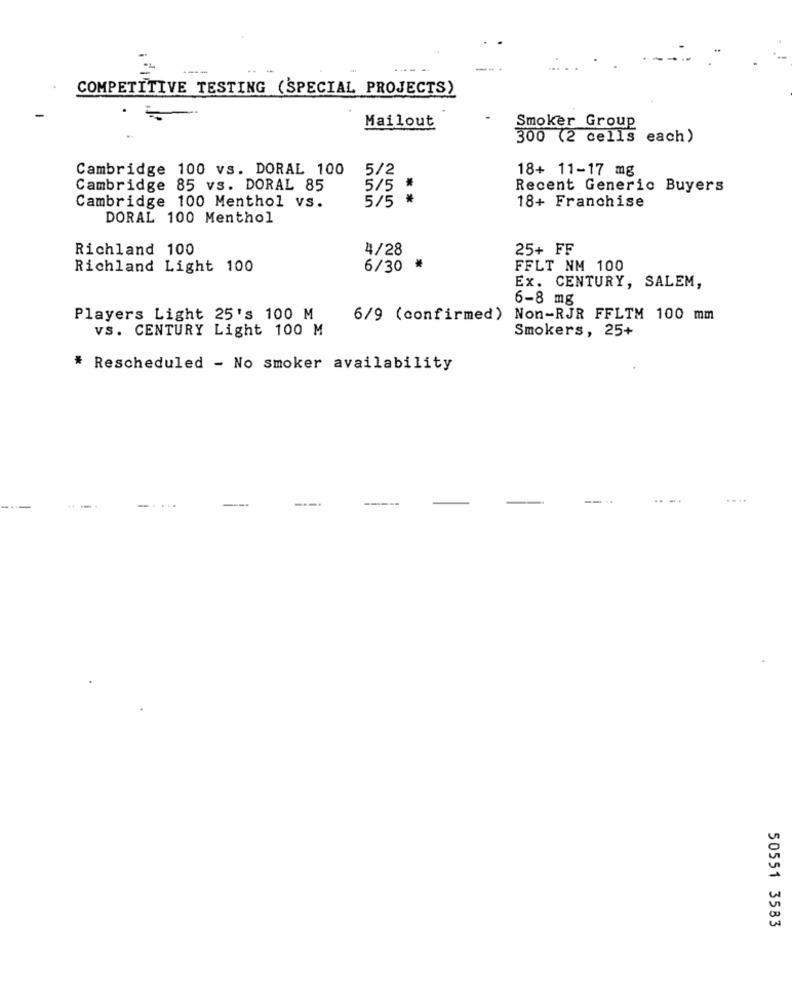
COMPETITIVE TESTING (SPECIAL PROJECTS)
Mailout
Smoker Group
300 (2 cells each)
Cambridge 100 vs. DORAL 100
5/2
18+ 11-17 mg
Cambridge 85 vs. DORAL 85
5/5 *
Recent Generic Buyers
5/5
18+ Franchise
Cambridge 100 Menthol vs.
DORAL 100 Menthol
Richland 100
4/28
25+ FF
Richland Light 100
6/30
*
FFLT NM 100
Ex. CENTURY, SALEM,
6-8 mg
Players Light 25's 100 M
6/9 (confirmed) Non-RJR FFLTM 100 mm
VS. CENTURY Light 100 M
Smokers, 25+
* Rescheduled - No smoker availability
--
50551 3583